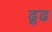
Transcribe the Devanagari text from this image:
ढूढ